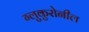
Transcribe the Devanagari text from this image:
ग्लुकुरोनील